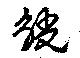
觥